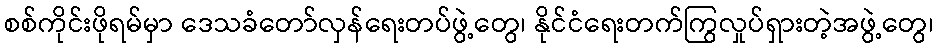
စစ်ကိုင်းဖိုရမ်မှာ ဒေသခံတော်လှန်ရေးတပ်ဖွဲ့တွေ၊ နိုင်ငံရေးတက်ကြွလှုပ်ရှားတဲ့အဖွဲ့တွေ၊